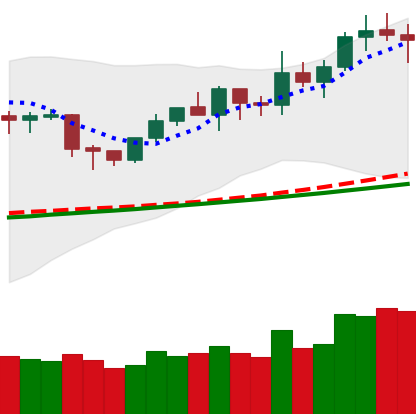
Ticker: NEO-USD
Chart end date: 2020-02-08
Forward return: 19.068%
Label: up_7plus